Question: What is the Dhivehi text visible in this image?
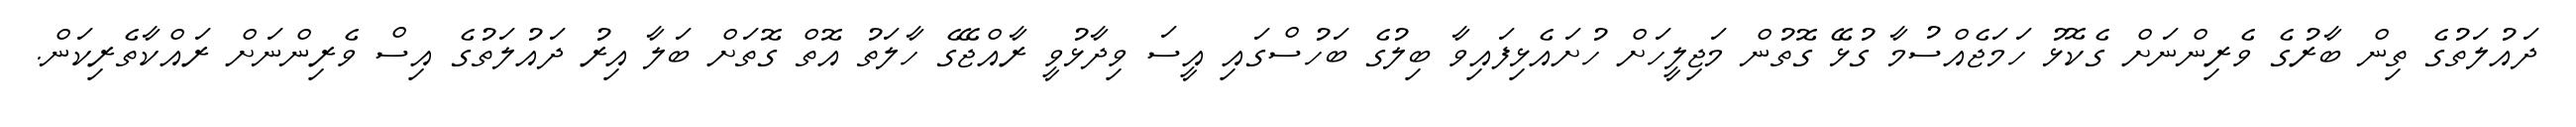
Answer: ދައުލަތުގެ ތިން ބާރުގެ ވެރިންނަށް ގެކޮޅު ހަމަޖެއްސުމާ ގުޅޭ ގޮތުން މަޖިލީހަށް ހުށައެޅިފައިވާ ބިލުގެ ބަހުސްގައި އީސަ ވިދާޅުވީ ރާއްޖޭގެ ހާލަތު އޮތް ގޮތަށް ބަލާ އިރު ދައުލަތުގެ އިސް ވެރިންނަށް ރައްކާތެރިކަން.